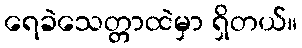
ရေခဲသေတ္တာထဲမှာ ရှိတယ်။